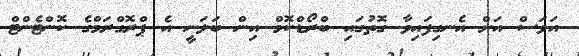
އަވަސް އަށް އެނގިފައިވާ ގޮތުގައި ބްރޯޑްކޮމް އިން ބަލަނީ އެ ޕްރޮގްރަމްގެ ކޮންޓެންޓް